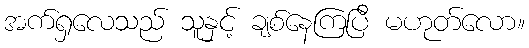
အက်ရှလေသည် သူနှင့် ချစ်နေကြပြီ မဟုတ်လော။